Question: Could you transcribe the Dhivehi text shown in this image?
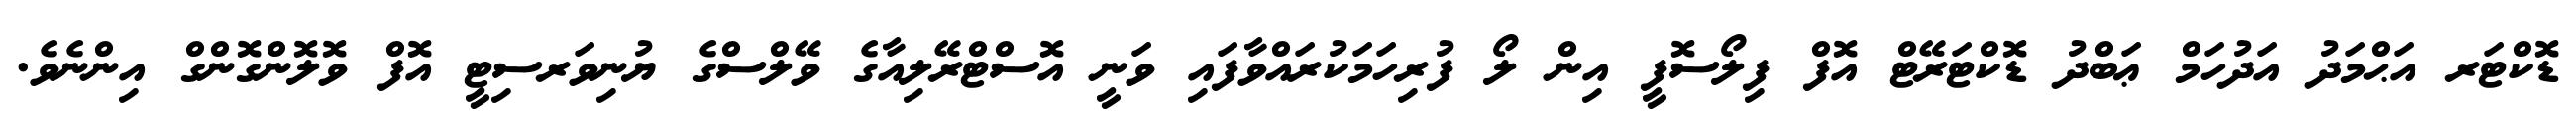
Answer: ޑޮކްޓަރ އަޙްމަދު އަދުހަމް ޢަބްދު ޑޮކްޓަރޭޓް އޮފް ފިލޯސޮފީ އިން ލޯ ފުރިހަމަކުރައްވާފައި ވަނީ އޮސްޓްރޭލިއާގެ ވޭލްސްގެ ޔުނިވަރސިޓީ އޮފް ވޮލޮންގޮންގް އިންނެވެ.